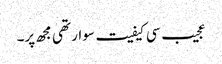
عجیب سی کیفیت سوار تھی مجھ پر۔